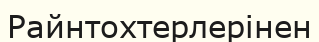
Райнтохтерлерінен